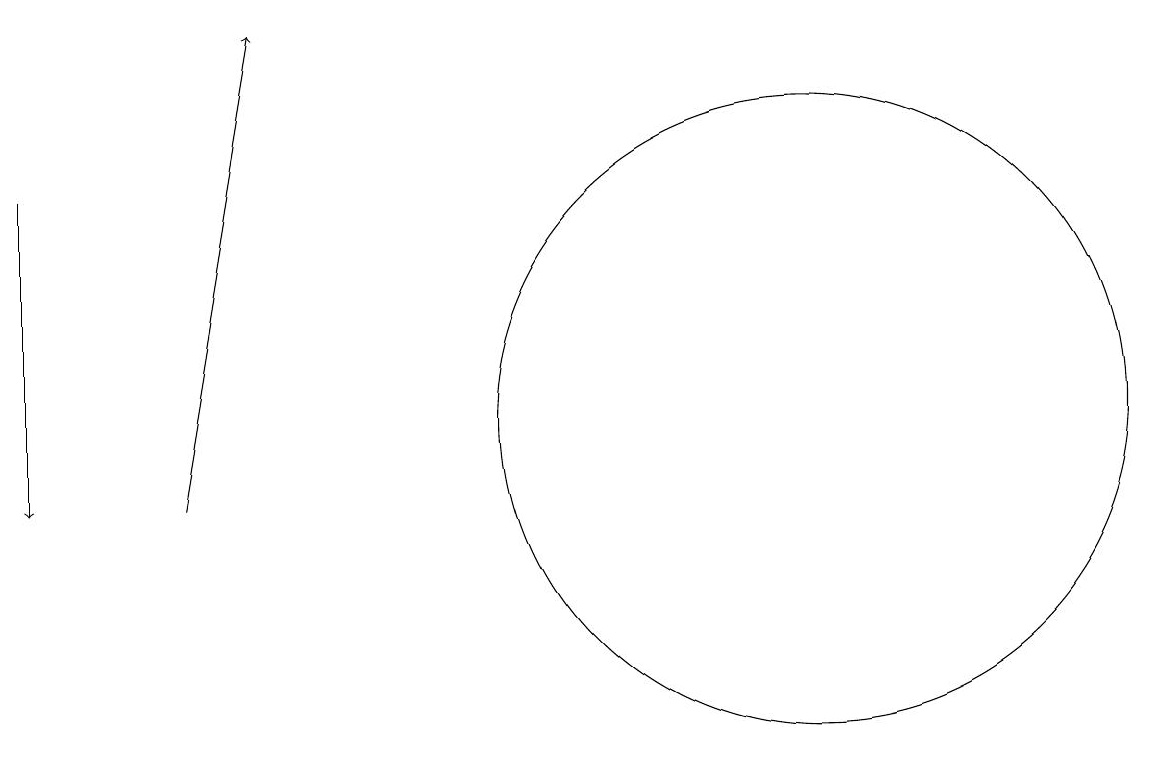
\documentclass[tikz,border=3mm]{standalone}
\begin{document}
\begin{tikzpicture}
\draw (10,12) circle (4);
\draw[->] (0,15) -- (0,11);
\draw[->] (2,11) -- (3,17);
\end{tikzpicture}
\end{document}